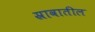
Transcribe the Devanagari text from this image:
स्रावातील